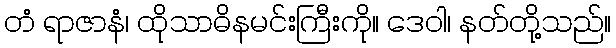
တံ ရာဇာနံ၊ ထိုသာဓိနမင်းကြီးကို။ ဒေဝါ၊ နတ်တို့သည်။